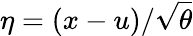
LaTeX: \eta=(x-u)/\sqrt{\theta}